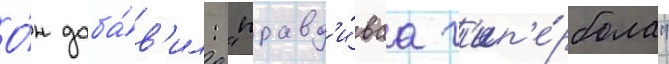
О́н доба́в'ил: "правд'и́ваа г'ип'е́рбола"